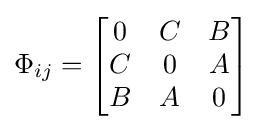
\Phi _{ij}={\begin{bmatrix}0&C&B\\C&0&A\\B&A&0\end{bmatrix}}